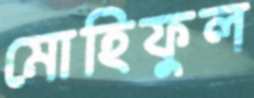
মোহিফুল